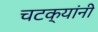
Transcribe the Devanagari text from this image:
चटक्‍यांनी